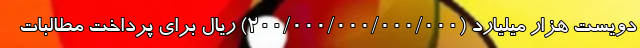
دویست هزار میلیارد (۲۰۰/۰۰۰/۰۰۰/۰۰۰/۰۰۰) ریال برای پرداخت مطالبات